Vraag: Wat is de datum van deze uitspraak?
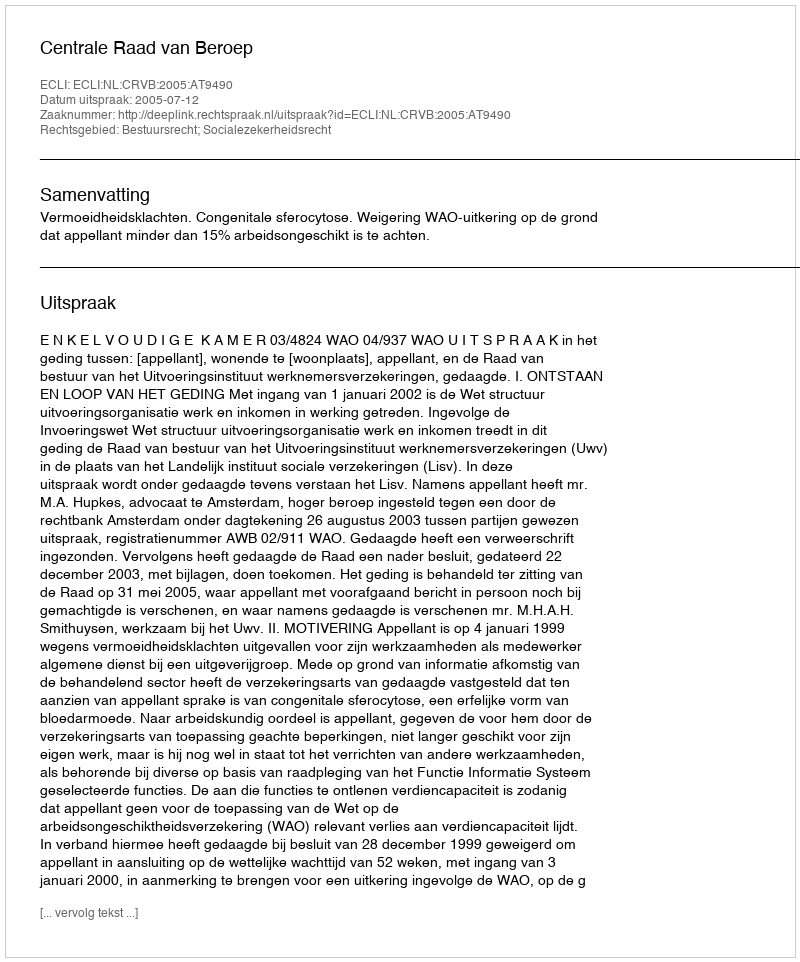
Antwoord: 2005-07-12